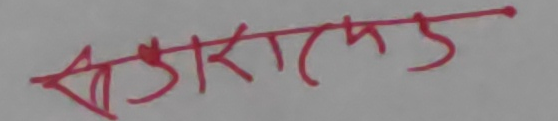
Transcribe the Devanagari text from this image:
बङारादेउ